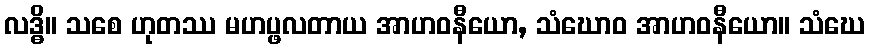
လဒ္ဓိ။ သစေ ဟုတဿ မဟပ္ဖလတာယ အာဟဝနီယော, သံဃောဝ အာဟဝနီယော။ သံဃေ